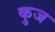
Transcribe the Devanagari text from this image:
कुज